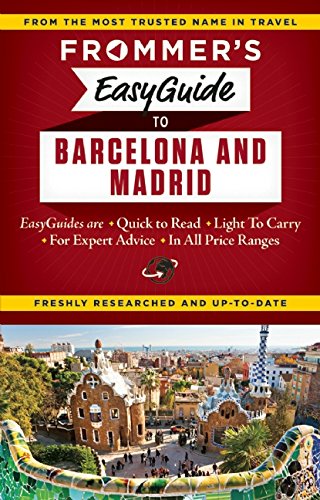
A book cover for Frommer's EasyGuide to Barcelona and Madrid (Easy Guides); Patricia Harris; Travel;